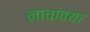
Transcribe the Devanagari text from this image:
नाचावया